画像に写った文字を読んでください
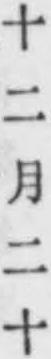
「十二月二十」と書いてあります